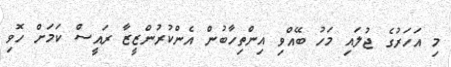
މި އަހަރުގެ ޖުލައި މަހު ބޭއްވި އިންތިހާބުން އެންކުރުންޒީޒާ ރައީސް ކަމަށް ހޮވި